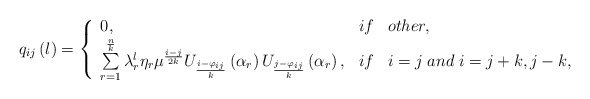
\begin{align*}q_{ij}\left( l\right) =\left\{ \begin{array}{lll}0, & if & other, \\ \sum\limits_{r=1}^{\frac{n}{k}} \lambda _{r}^{l} \eta_{r}\mu ^{\frac{i-j}{2k}}U_{\frac{i-\varphi_{ij}}{k}}\left( \alpha _{r}\right) U_{\frac{j-\varphi_{ij}}{k}}\left( \alpha _{r}\right) , & if & i=j\; and \; i=j+k,j-k,\end{array}\right. \end{align*}